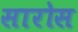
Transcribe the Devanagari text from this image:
सारोस